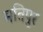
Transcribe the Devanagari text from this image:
मतिपुर